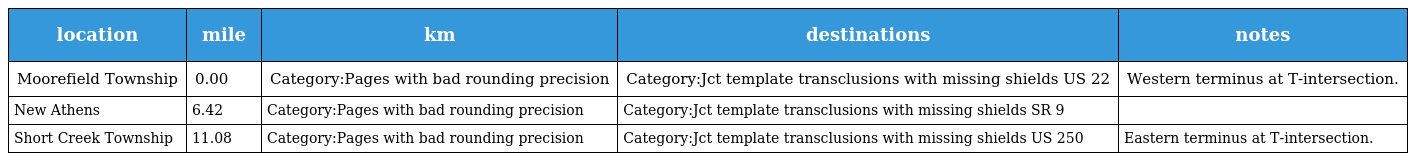
| location | mile | km | destinations | notes |
 | --- | --- | --- | --- | --- |
 | Moorefield Township | 0.00 | Category:Pages with bad rounding precision | Category:Jct template transclusions with missing shields US 22 | Western terminus at T-intersection. |
 | New Athens | 6.42 | Category:Pages with bad rounding precision | Category:Jct template transclusions with missing shields SR 9 |  |
 | Short Creek Township | 11.08 | Category:Pages with bad rounding precision | Category:Jct template transclusions with missing shields US 250 | Eastern terminus at T-intersection. |